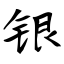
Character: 银